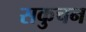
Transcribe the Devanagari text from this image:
सकुचन